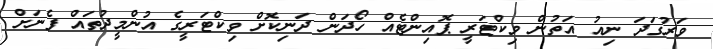
ވަރުގަދަ ނިއު އަތުން ވިކްޓަރީ ޕޮއިންޓެއް ހޯދަން ދަނިކޮށް ވިކްޓަރީގެ އުންމީދުތައް ފެނަށް